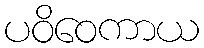
ပဝိဝေကာယ